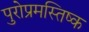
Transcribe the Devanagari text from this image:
पुरोप्रमस्तिष्क